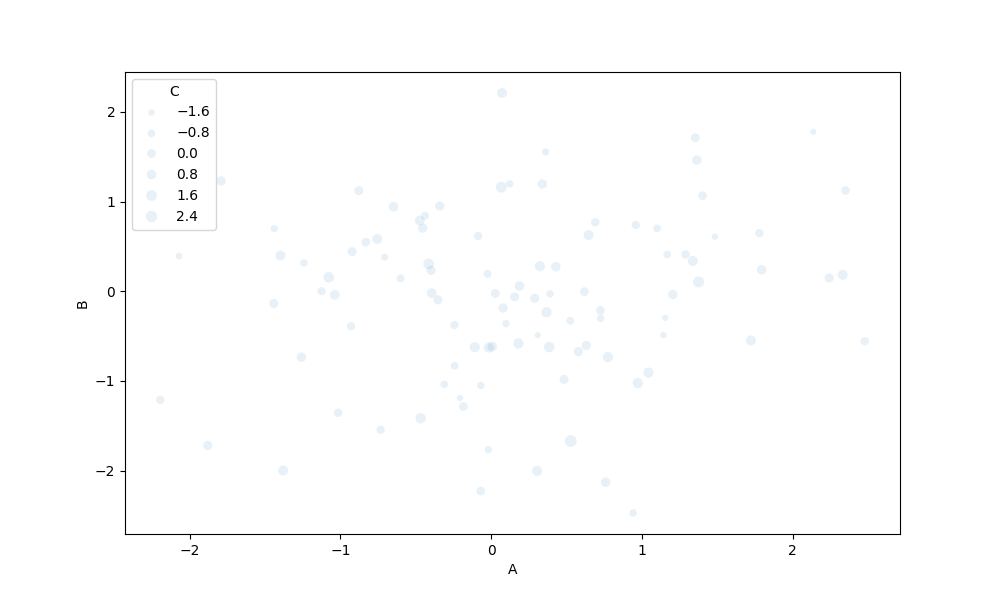
python, seaborn, scatterplot, hue='None', style='None', size='C', palette='muted', alpha=0.1